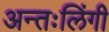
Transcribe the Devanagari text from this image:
अन्तःलिंगी